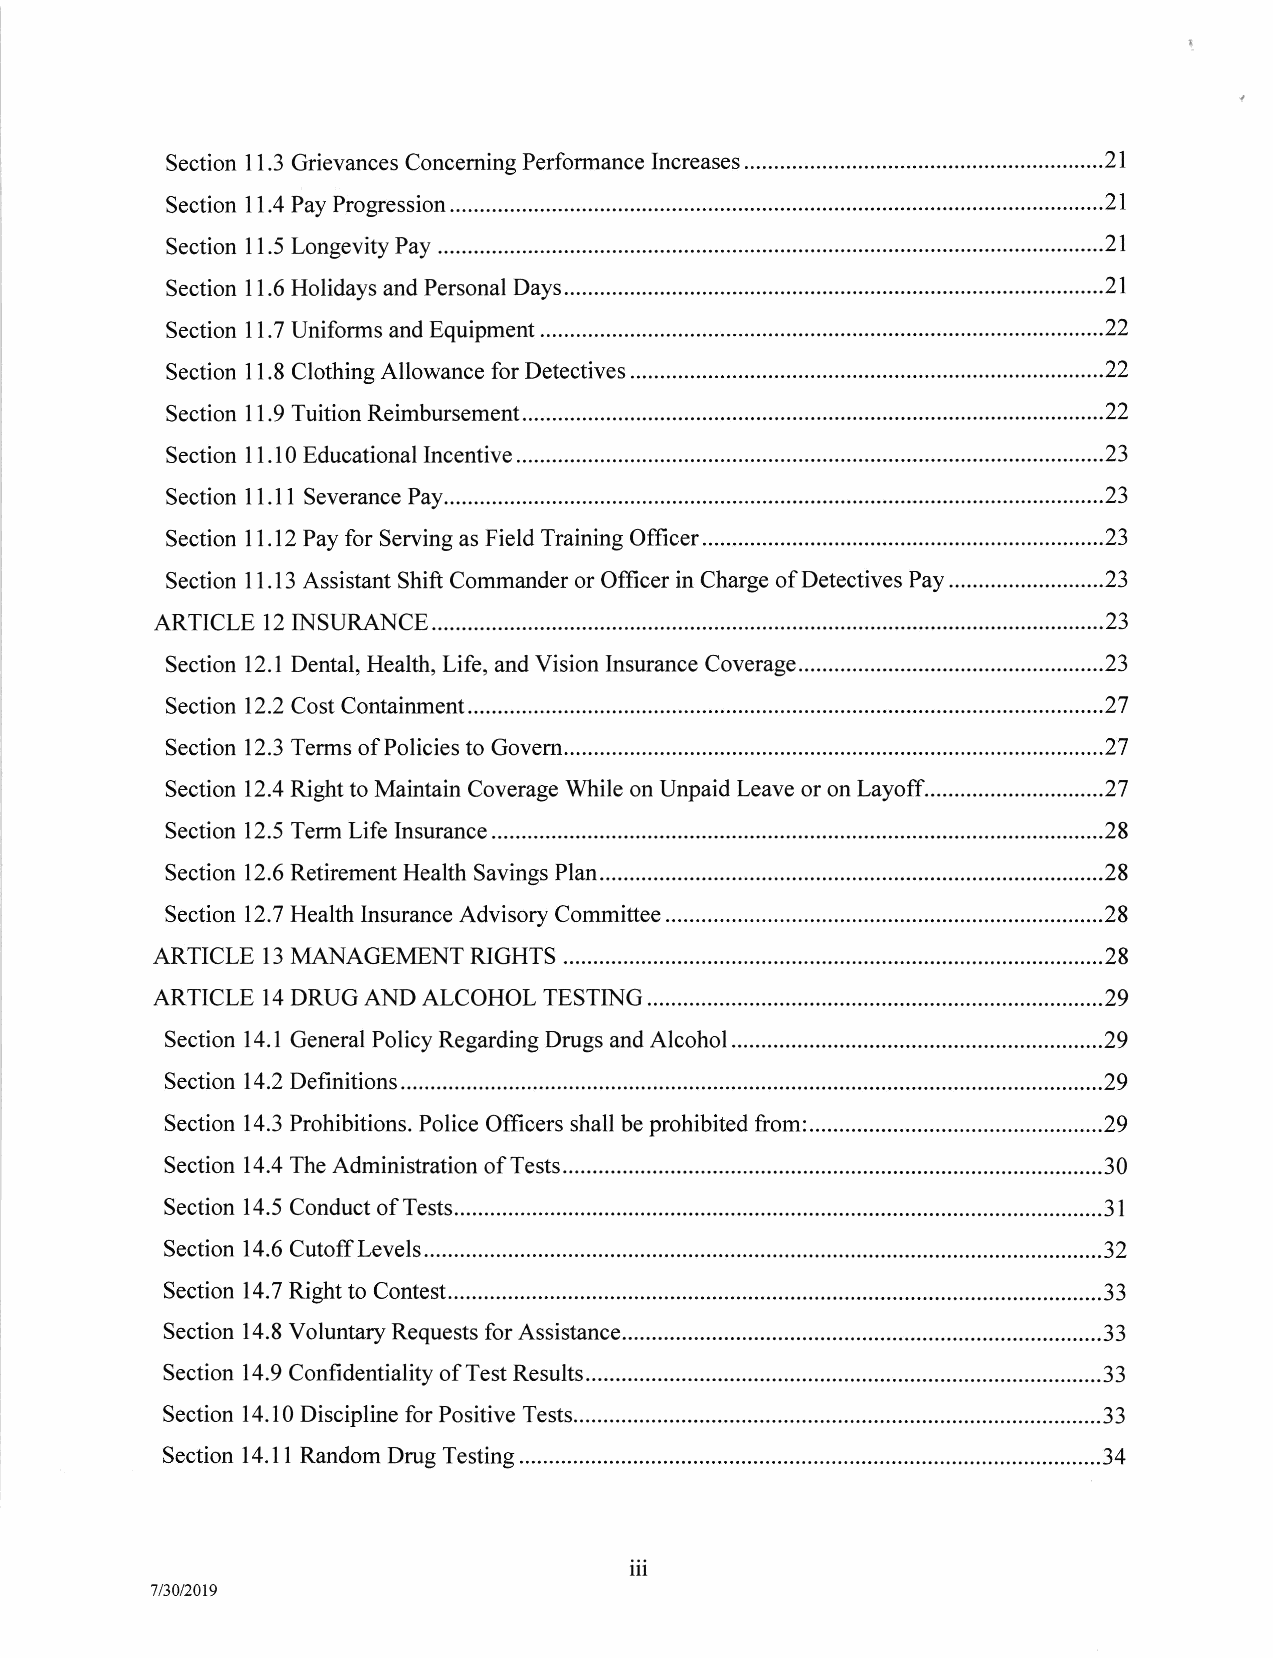
Increases.............
 Section I 1.3 Grievances Concerning Performance           ..........21
 ll.4PayProgression
 Section                                                  ..............21
 Pay
 Section I 1.5 Longevity                                .................21
 Days....
 Section I 1.6 Holidays and Personal                      ............21
 ..........
 Section 1 1.7 Uniforms and Equipment                      ...........22
 Detectives...........
 Section I 1.8 Clothing Allowance for                     .............22
 Reimbursement.............
 Section I 1.9 Tuition                                    ............22
 Incentive
 Section 1 I .10 Educational                          ........................23
 Pay........
 Section 11.11 Severance                                   ...........23
 Officer......
 Section l1.12Pay for Serving as Field Training       ........................23
 Pay
 Section I 1 .13 Assistant Shift Commander or Officer in Charge of Detectives .......23
 I2INSURANCE.............
 ARTICLE                                                     ........23
 Coverage...
 Section 12.1 Dental, Health, Life, and Vision Insurance   ...........23
 Containment.................
 Section 12.2 Cost                                       ...............27
 Govern..
 Section 12.3 Terms of Policies to                        ..............27
 Layoff
 Section 12.4 Right to Maintain Coverage While on Unpaid Leave or on ...........27
 Insurance..............
 Section 12.5 Term Life                                  ................28
 P1an...........
 Section 12.6 Retirement Health Savings                 ..................28
 Committee
 Section 12.7 Health Insurance Advisory                  ................28
 RIGHTS
 ARTICLE 13 MANAGEMENT                                    ................28
 TESTING...........
 ARTICLE 14 DRUG AND ALCOHOL                                .....,.....29
 Section l4.l General Policy Regarding Drugs and AlcohoI................. ........29
 l4.2Defrnitions..........
 Section                                                 ...............29
 from:.........
 Section 14.3 Prohibitions. Police Officers shall be prohibited .....................29
 Tests
 Section l4.4The Administration of                      .................30
 Tests..
 Section 14.5 Conduct of                                  ..............31
 CutoffLevels.......
 Section 14.6                                             ............32
 Contest..
 Section 14.7 Right to                                    ..............33
 Assistance...............
 Section 14.8 Voluntary Requests for                       ..........33
 Results......
 Section 14.9 Confidentiality of Test                        ......33
 Tests..........
 Section 14.10 Discipline for Positive                .......................33
 Testing
 Section 14.11 Random Drug                            .......................34
 7/30/2019